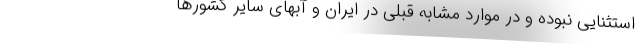
استثنایی نبوده و در موارد مشابه قبلی در ایران و آبهای سایر کشورها